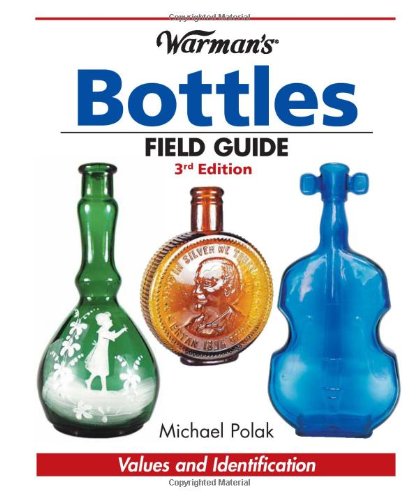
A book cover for Warman's Bottles Field Guide; Michael Polak; Crafts, Hobbies & Home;